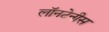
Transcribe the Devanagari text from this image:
लॉनटेनीस